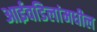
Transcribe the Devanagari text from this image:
आईवडिलांमधील